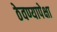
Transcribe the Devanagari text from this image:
ठेवण्यापेक्षा